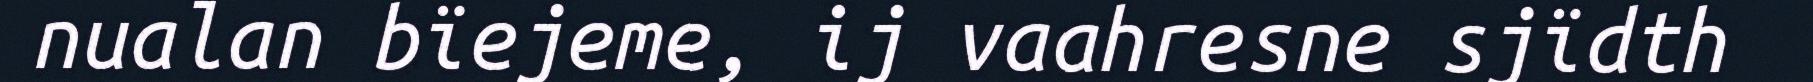
nualan bïejeme, ij vaahresne sjïdth